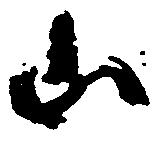
山